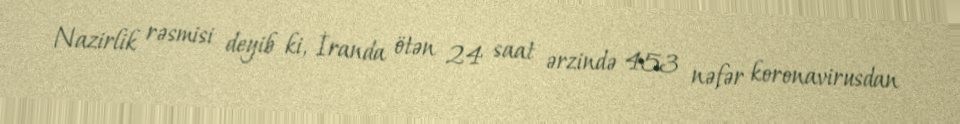
Nazirlik rəsmisi deyib ki, İranda ötən 24 saat ərzində 453 nəfər koronavirusdan